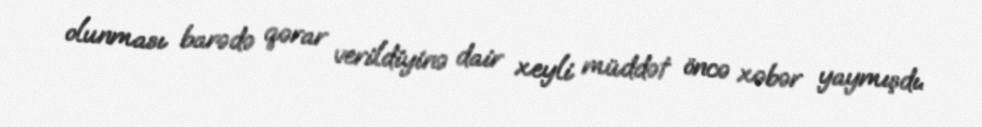
olunması barədə qərar verildiyinə dair xeyli müddət öncə xəbər yaymışdı.